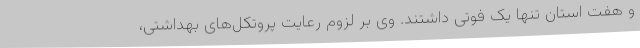
و هفت استان تنها یک فوتی داشتند. وی بر لزوم رعایت پروتکل‌های بهداشتی،